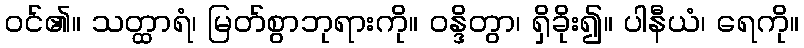
ဝင်၏။ သတ္ထာရံ၊ မြတ်စွာဘုရားကို။ ဝန္ဒိတွာ၊ ရှိခိုး၍။ ပါနီယံ၊ ရေကို။